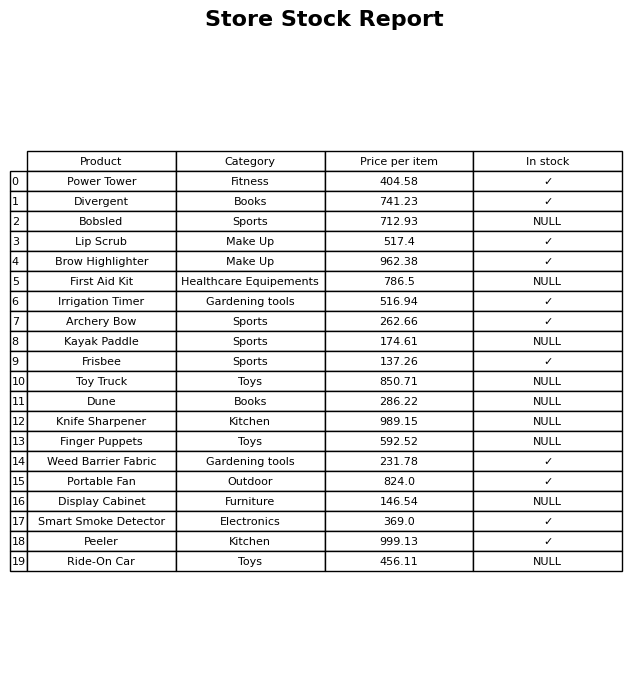
question: What is the price of the Finger Puppets?
answer: The price of Finger Puppets is 592.52.